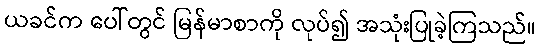
ယခင်က ပေါ်တွင် မြန်မာစာကို လုပ်၍ အသုံးပြုခဲ့ကြသည်။